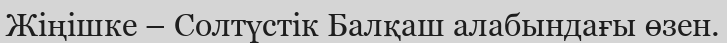
Жіңішке – Солтүстік Балқаш алабындағы өзен.